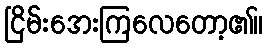
ငြိမ်းအေးကြလေတော့၏။